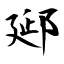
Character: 郔